Annual report of the Imperial Bacteriological Laboratory, Muktesar
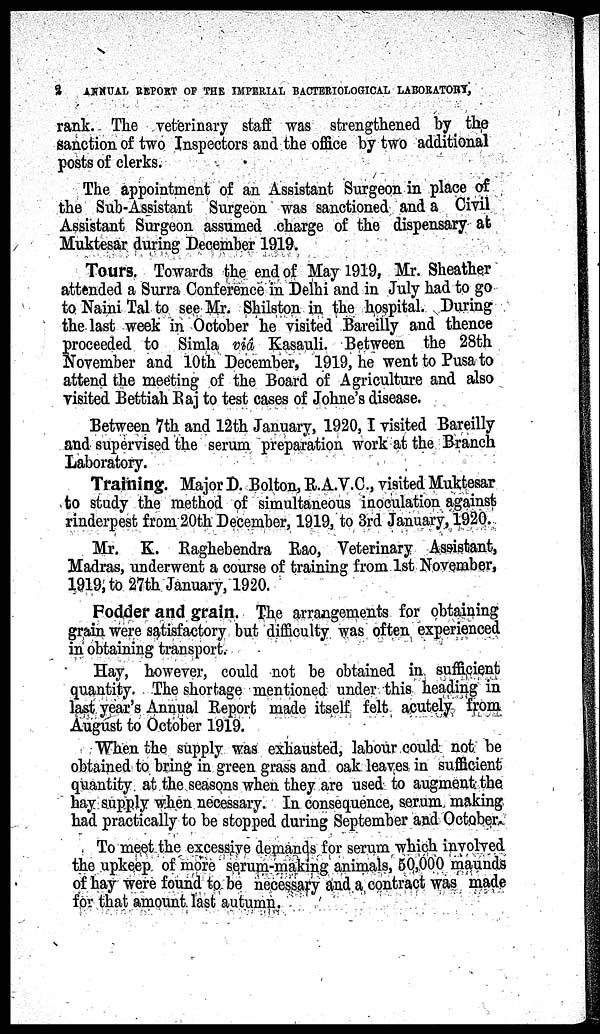
2
ANNUAL REPORT OF THE IMPERIAL BACTERIOLOGICAL LABORATORY,
rank. The veterinary staff was strengthened by the
sanction of two Inspectors and the office by two additional
posts of clerks.
The appointment of an Assistant Surgeon in place of
the Sub-Assistant Surgeon was sanctioned and a Civil
Assistant Surgeon assumed charge of the dispensary at
Muktesar during December 1919.
Tours. Towards the end of May 1919, Mr. Sheather
attended a Surra Conference in Delhi and in July had to go
to Naini Tal to see Mr. Shilston in the hospital. During
the last week in October he visited Bareilly and thence
proceeded to Simla viâ Kasauli. Between the 28th
November and 10th December, 1919, he went to Pusa to
attend the meeting of the Board of Agriculture and also
visited Bettiah Raj to test cases of Johne's disease.
Between 7th and 12th January, 1920,I visited Bareilly
and supervised the serum preparation work at the Branch
Laboratory.
Training. Major D. Bolton, R. A.V.C., visited Muktesar
to study the method of simultaneous inoculation against
rinderpest from 20th December, 1919, to 3rd January, 1920.
Mr. K. Raghebendra Rao, Veterinary Assistant,
Madras, underwent a course of training from 1st November,
1919, to 27th January, 1920.
Fodder and grain. The arrangements for obtaining
grain were satisfactory but difficulty was often experienced
in obtaining transport.
Hay, however, could not be obtained in sufficient
quantity. The shortage mentioned under this heading in
last year's Annual Report made itself felt acutely from
August to October 1919.
When the supply was exhausted, labour could not be
obtained to bring in green grass and oak leaves in sufficient
quantity at the seasons when they are used to augment the
hay supply when necessary. In consequence, serum making
had practically to be stopped during September and October.
To meet the excessive demands for serum which involved
the upkeep of more serum-making animals, 50,000 maunds
of hay were found to be necessary and a contract was made
for that amount last autumn.